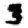
Digit: 3